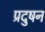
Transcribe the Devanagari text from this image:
प्रदुषन